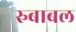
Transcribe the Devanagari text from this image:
रुबाबल